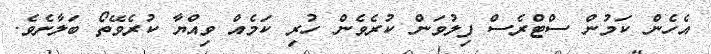
އެހެން ކަމުން ސްޓްރެސް ފިލުވަން ކުރެވެން ހުރި ކަމެއް ވިއްޔާ ކުރެވޭތޯ ބަލާށެވެ.